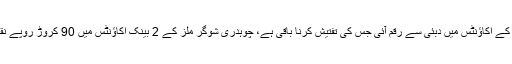
تفتیشی افسر کا کہنا تھا کہ 23 کروڑ روپے یوسف عباس اور عبدالعزیز کے اکاؤنٹس میں دبئی سے رقم آئی جس کی تفتیش کرنا باقی ہے، چوہدری شوگر ملز کے 2 بینک اکاؤنٹس میں 90 کروڑ روپے نقد جمع کروائے گئے مگر رقم جمع کروانے والے کا نام نہیں بتایا جا رہا۔